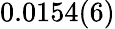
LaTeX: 0.0154(6)